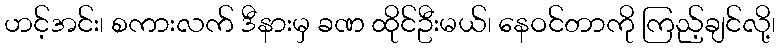
ဟင့်အင်း၊ စကားလက် ဒီနားမှ ခဏ ထိုင်ဦးမယ်၊ နေဝင်တာကို ကြည့်ချင်လို့၊